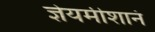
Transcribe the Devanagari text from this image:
ज्ञेयमीशानं